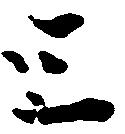
三